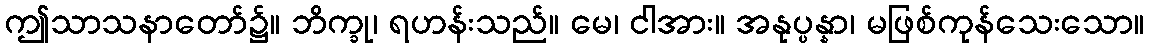
ဤသာသနာတော်၌။ ဘိက္ခု၊ ရဟန်းသည်။ မေ၊ ငါအား။ အနုပ္ပန္နာ၊ မဖြစ်ကုန်သေးသော။